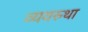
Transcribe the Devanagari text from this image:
व्यवस्र्था